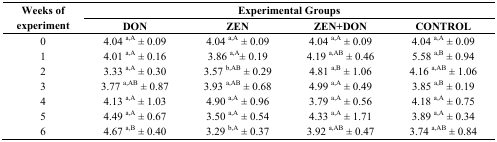
| <ROWSPAN=2> Weeks of experiment | <COLSPAN=4> Experimental Groups |
 | DON | ZEN | ZEN+DON | CONTROL |
 | --- | --- | --- | --- | --- |
 | 0 | 4.04 a,A ± 0.09 | 4.04 a,A ± 0.09 | 4.04 a,A ± 0.09 | 4.04 a,A ± 0.09 |
 | 1 | 4.01 a,A ± 0.16 | 3.86 a,A± 0.19 | 4.19 a,AB ± 0.46 | 5.58 a,B ± 0.94 |
 | 2 | 3.33 a,A ± 0.30 | 3.57 b,AB ± 0.29 | 4.81 a,B ± 1.06 | 4.16 a,AB ± 1.06 |
 | 3 | 3.77 a,AB ± 0.87 | 3.93 a,AB ± 0.68 | 4.99 a,A ± 0.49 | 3.85 a,B ± 0.19 |
 | 4 | 4.13 a,A ± 1.03 | 4.90 a,A ± 0.96 | 3.79 a,A ± 0.56 | 4.18 a,A ± 0.75 |
 | 5 | 4.49 a,A ± 0.67 | 3.50 a,A ± 0.54 | 4.33 a,A ± 1.71 | 3.89 a,A ± 0.34 |
 | 6 | 4.67 a,B ± 0.40 | 3.29 b,A ± 0.37 | 3.92 a,AB ± 0.47 | 3.74 a,AB ± 0.84 |